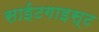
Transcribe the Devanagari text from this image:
साईटगाइस्ट